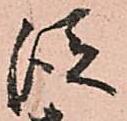
従